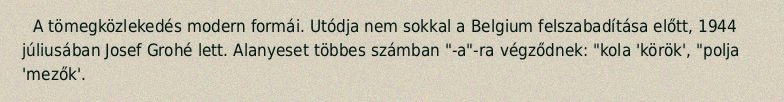
A tömegközlekedés modern formái. Utódja nem sokkal a Belgium felszabadítása előtt, 1944 júliusában Josef Grohé lett. Alanyeset többes számban "-a"-ra végződnek: "kola 'körök', "polja 'mezők'.